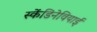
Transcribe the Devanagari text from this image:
स्केंडिनेवियाई